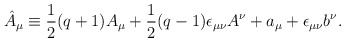
\begin{align*}\hat{A}_{\mu} \equiv \frac {1}{2}(q+1)A_{\mu}+\frac {1}{2}(q-1)\epsilon_{\mu \nu}A^{\nu}+a_{\mu}+\epsilon_{\mu \nu} b^{\nu}.\end{align*}